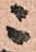
ニ